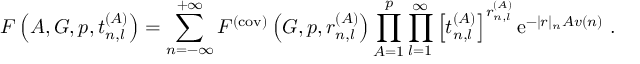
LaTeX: F \left( { \cal A } , G , p , t _ { n , l } ^ { ( A ) } \right) = \sum _ { n = - \infty } ^ { + \infty } F ^ { ( \mathrm { c o v ) } } \left( G , p , r _ { n , l } ^ { ( A ) } \right) \prod _ { A = 1 } ^ { p } \prod _ { l = 1 } ^ { \infty } \left[ t _ { n , l } ^ { ( A ) } \right] ^ { r _ { n , l } ^ { ( A ) } } \mathrm { e } ^ { - | r | _ { n } { \cal A } v ( n ) } ~ .